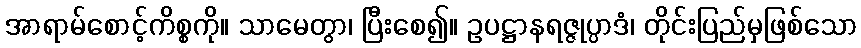
အာရာမ်စောင့်ကိစ္စကို။ သာမေတွာ၊ ပြီးစေ၍။ ဥပဋ္ဌာနရဇ္ဇုပ္ပာဒံ၊ တိုင်းပြည်မှဖြစ်သော